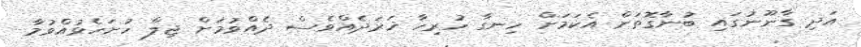
އަދި ގާނޫނުގައި ބުނާގޮތަށް އެކަމަށް ހިނގާ ހުރިހާ ޚަރަދެއްވެސް ދެއްވުމަށް ޖިލް ހުށަހެޅުއްވުމާ